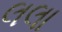
લલા